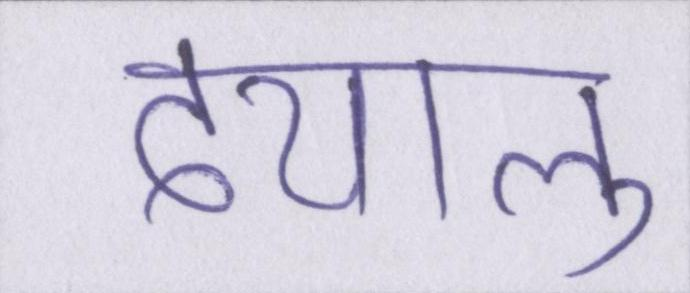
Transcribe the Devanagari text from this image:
दयालु